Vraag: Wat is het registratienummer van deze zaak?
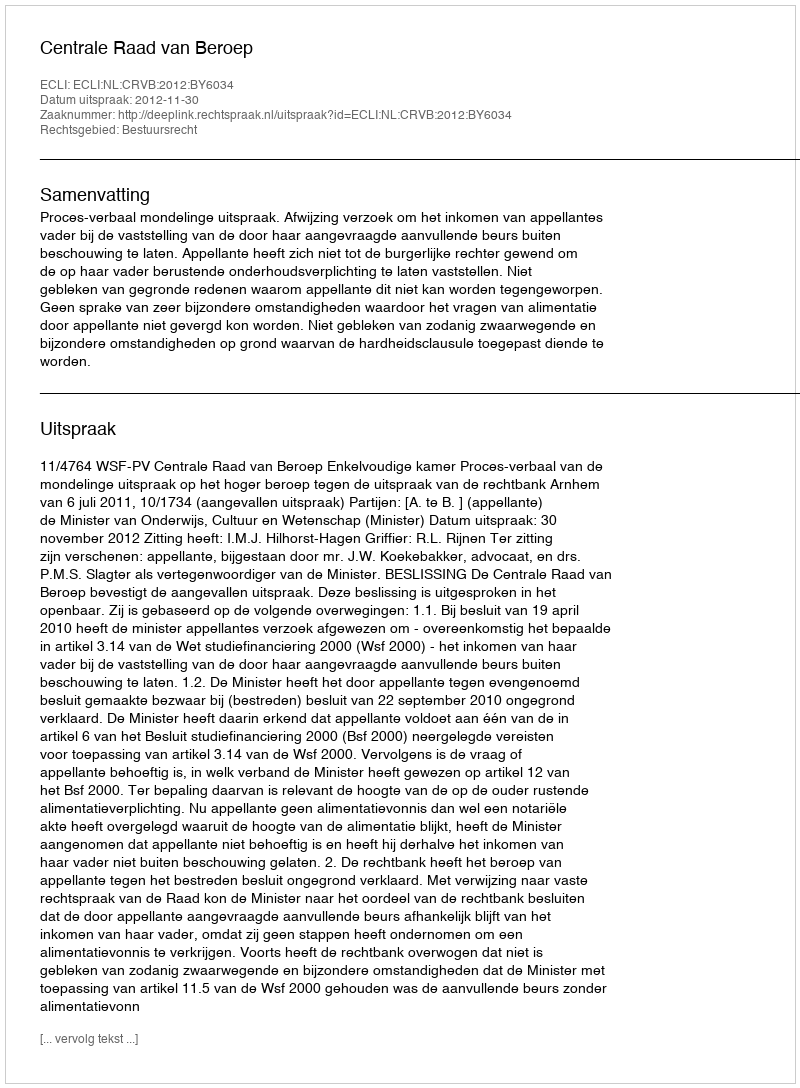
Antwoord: http://deeplink.rechtspraak.nl/uitspraak?id=ECLI:NL:CRVB:2012:BY6034